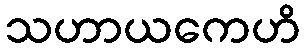
သဟာယကေဟိ